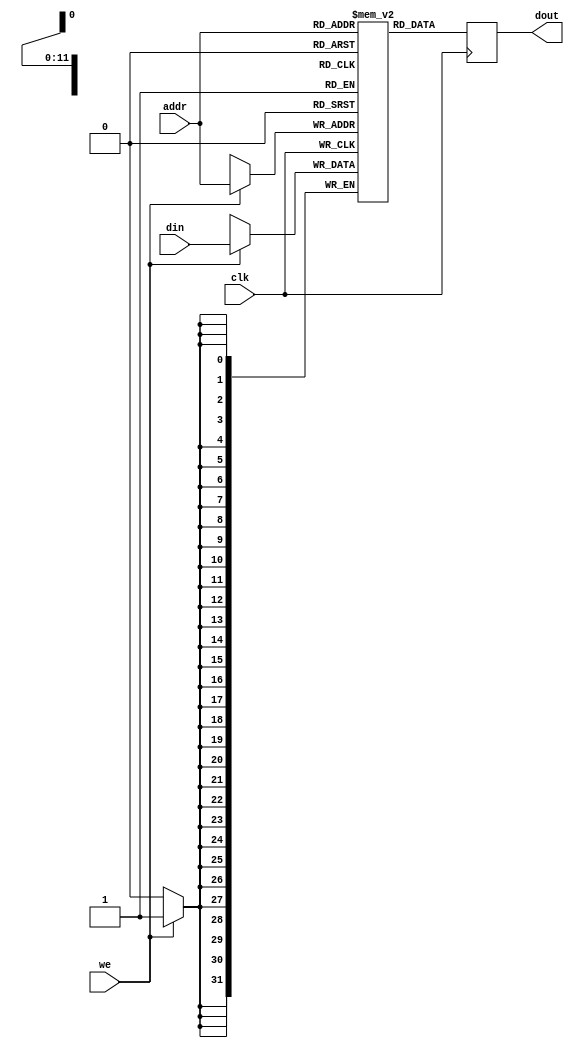
`timescale 1ns / 1ps
//////////////////////////////////////////////////////////////////////////////////
// Company: 
// Engineer: 
// 
// Design Name: 
// Module Name:    parameterized_single_port_ram 
// Project Name: 
// Target Devices: 
// Tool versions: 
// Description: 
//
// Dependencies: 
//
// Revision: 
// Revision 0.01 - File Created
// Additional Comments: 
//
//////////////////////////////////////////////////////////////////////////////////
module parameterized_single_port_ram(clk, din, addr, we, dout);

  // Parameters
  parameter SIZE          = 4096;
  parameter ADDRESS_SPACE =   12;
  parameter DATA_SIZE     =   32;

  // Inputs
 	input [DATA_SIZE-1:0] din;
	input [ADDRESS_SPACE-1:0] addr;
	input we, clk;
  
  // Output
	output reg [DATA_SIZE-1:0] dout;

	// Declare the RAM variable
	reg [DATA_SIZE-1:0] ram[SIZE-1:0];
	
	// Read/Write
	always @ (posedge clk)
	begin
		if (we) 
		begin
        $display("RAM: Latched value <<%d>> into location %d", din, addr);
        ram[addr] <= din;
		end
    dout <= ram[addr];
    $display("RAM: Outputting value <<%d>> from location %d", ram[addr], addr);
	end
	
endmodule